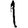
Digit: 1